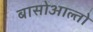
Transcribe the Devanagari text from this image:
बासोआल्तो